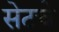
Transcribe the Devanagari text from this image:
सेटचे